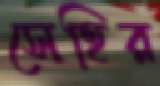
সেহির